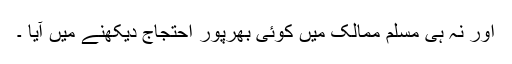
اور نہ ہی مسلم ممالک میں کوئی بھرپور احتجاج دیکھنے میں آیا ۔